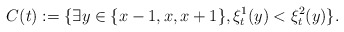
\begin{align*}C(t):=\{\exists y\in \{x-1,x,x+1\}, \xi^1_t(y)< \xi^2_t(y)\}.\end{align*}